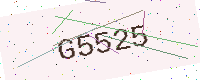
Text: G5525